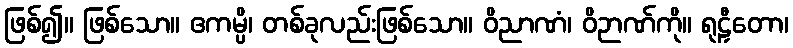
ဖြစ်၍။ ဖြစ်သော။ ဧကမ္ပိ၊ တစ်ခုလည်းဖြစ်သော။ ဝိညာဏံ၊ ဝိဉာဏ်ကို။ ရုဠှီတော၊